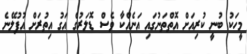
މީހަކު ބުނީ ކުރިއަށް އޮތްތަނުގައި އަނެއްކާ ވެސް ޑޮލަރުގެ އަގު އިތުރަށް އުފުލޭނެ